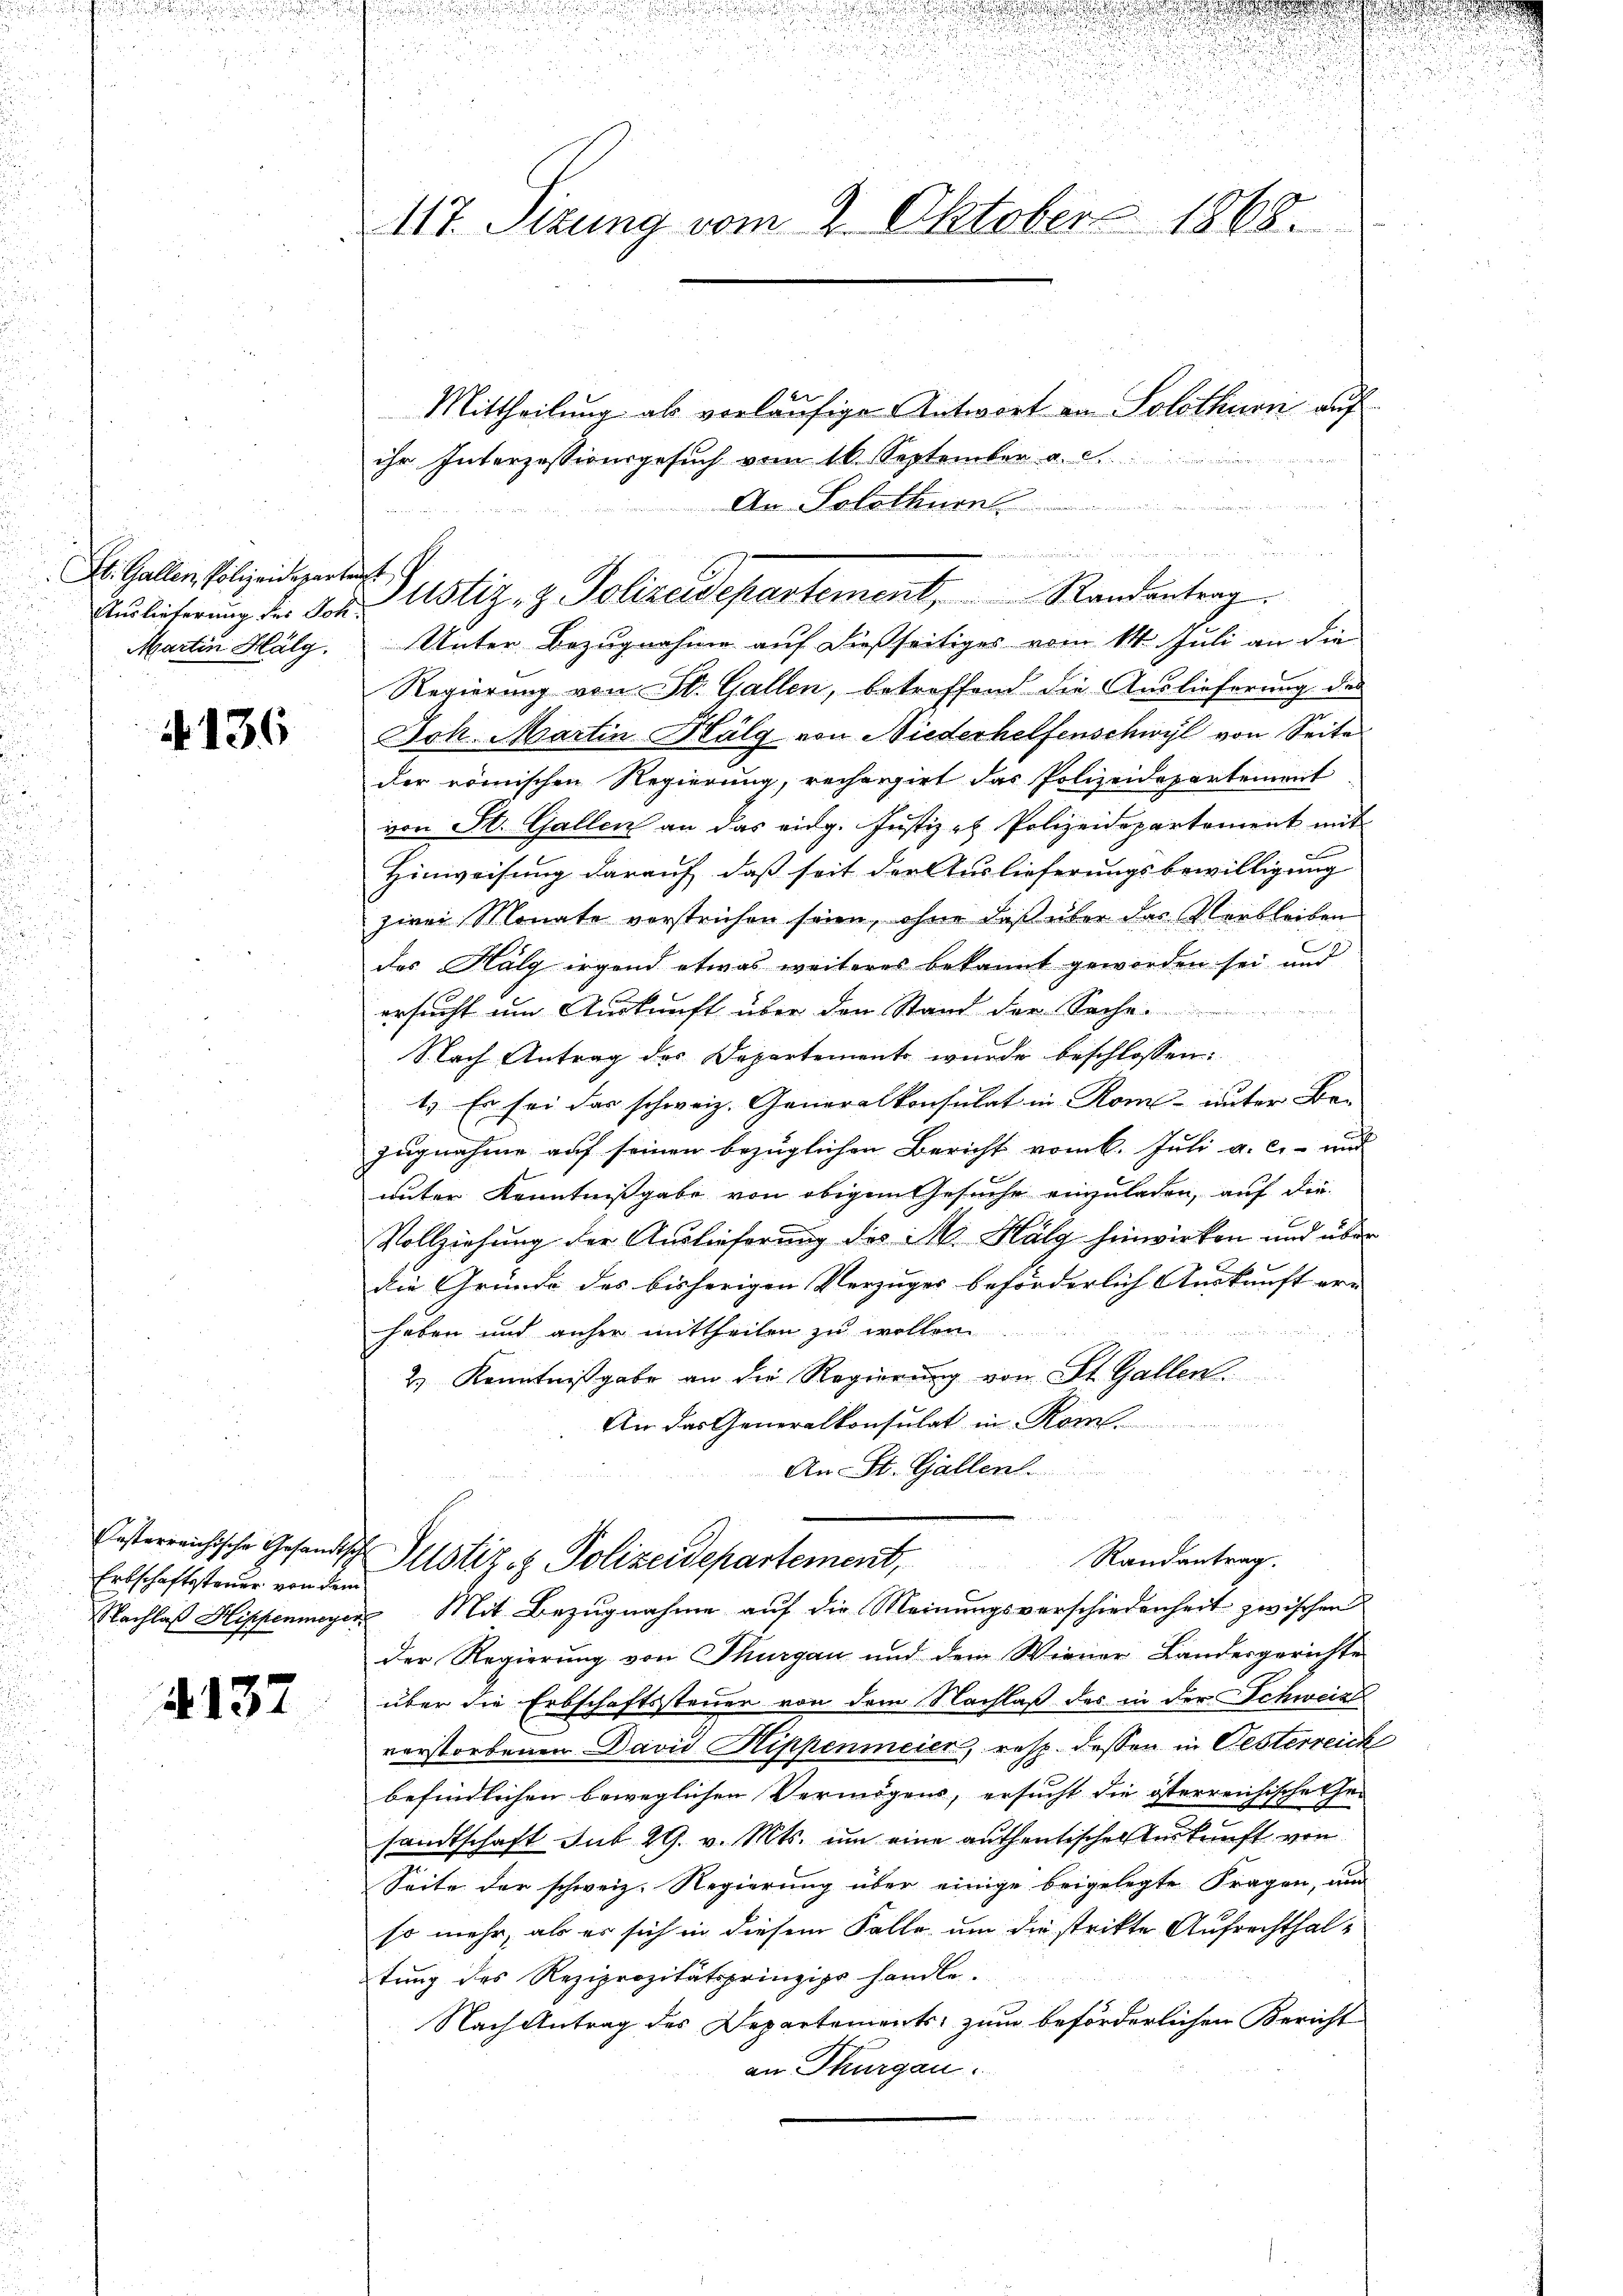
i

d

St. Gallen, Polizeideparteigt
Martin Hälg.

136

Erbschaftssteuer von dem

4132

.
e
u
i

.
28
2
u

117. Sizung vom 2. Oktober 1868.

Mittheilung als vorläufige Antwort an Solothurn auf
ihr Interzessionsgesuch vom 16. September a.
An Solothurn
Unter Bezugnahme auf dießseitiges vom 14. Juli an die
Regierung von St. Gallen, betreffend die Auslieferung des
Joh. Martin Halg von Niederhelfenschwyl von Seite
der römischen Regierung, rechargirt das Polizeidepartement
von St. Gallen an das eidg. Justiz es Polizeidepartement mit
Hinweisung darauf, daß seit der Auslieferungsbewilligung
zwei Monate verstrichen seien, ohne daß über das Verbleiben
das Halg irgend etwas weiteres bekannt geworden sei, und
ersucht um Auskunft über den Stand der Sache.
Nach Antrag des Departement wurde beschlossen:
1.) Es sei das schweiz. Generalkonsulat in Rom unter Be-
zugnahme auf seinen bezüglichen Bericht vom 6. Juli a. c. und
unter Kenntnißgabe von obigem Gesuche einzuladen, auf die
Vollziehung der Auslieferung des M. Hälg hinwirken und über
die Gründe des bisherigen Verzuges beförderlich Auskunft er- |
haben und anher mittheilen zu wollen.
2.) Kenntnißgabe an die Regierung von St. Gallen.
An das Generalkonsulat in Rom
An- St. Gallen.

u

Aulicherung der von Ustiz- & Polizeidepartement, Randantrag.

esterreichische Gesandtsche Justiz & Polizeidepartement, Randantrag.

Nachlaβ Hippenmeyer Mit Bezugnahme auf die Meinungsverschiedenheit zwischen
der Regierung von Thurgau und dem Wiener Landesgerichte
über die Erbschaftssteuer von dem Nachlaß des in der Schweiz
verstorbenen David Hippenmeier, resp. dessen in Oesterreich
befindlichen beweglichen Vermögens, ersucht die österreichische Ge-
sandtschaft mit 29. v. Mts. um eine authentischen Zukunft von
Seite der schweiz. Regierung über einige beigelegte Fragen, um
so mehr, als er sich in diesem Falle um die strikte Aufrechthaltung des Reziprozitätsprinzipe handle.
Nach Antrag des Departements zum beförderlichen Bericht
an Thurgau.